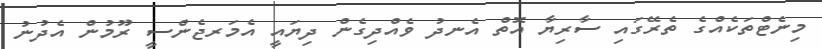
މިނެޓްތަކެއްގެ ތެރޭގައި ސާރިޔާ އޮތް އެނދު ވެއްދިގެން ދިޔައީ އެމަރޖެންސީ ރޫމުން އެދުނު